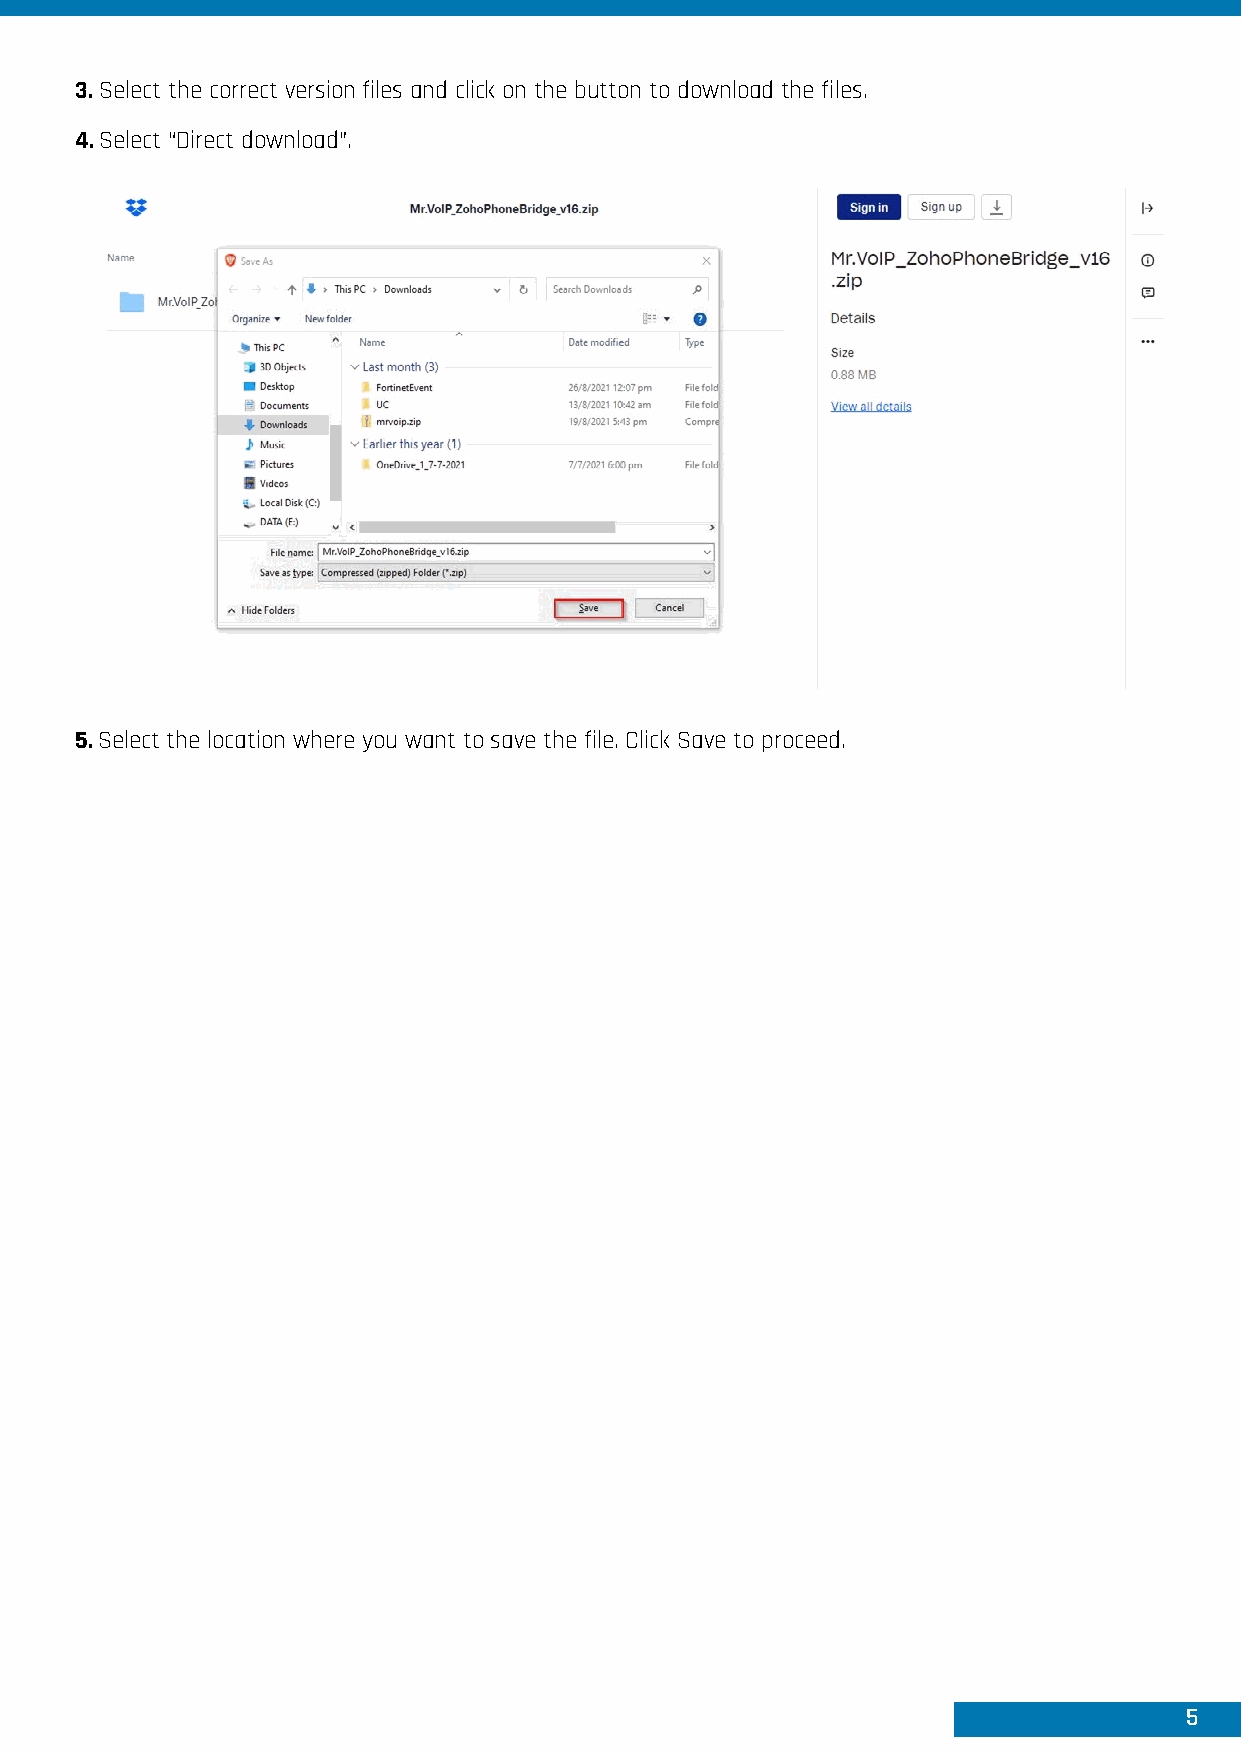
3. Select the correct version files and click on the button to download the files.
 4. Select “Direct download”.
 5. Select the location where you want to save the file. Click Save to proceed.
 5